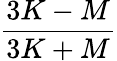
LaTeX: \frac{3K-M}{3K+M}